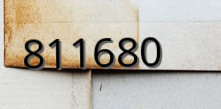
811680